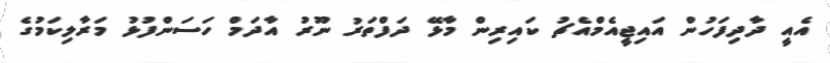
އެއީ ދާދިފަހުން އައިޖީއެމްއެޗު ކައިރިން މާޅޭ ދަފްތަރު ނޫރު އާދަމް ހަސަންފުޅު މަރާލިކަމުގެ